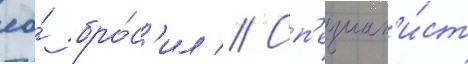
ео́ бро́с'ил // Сп'ециал'и́ст